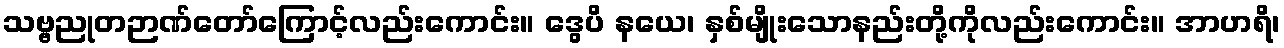
သဗ္ဗညုတဉာဏ်တော်ကြောင့်လည်းကောင်း။ ဒွေပိ နယေ၊ နှစ်မျိုးသောနည်းတို့ကိုလည်းကောင်း။ အာဟရိ၊